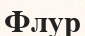
Флур